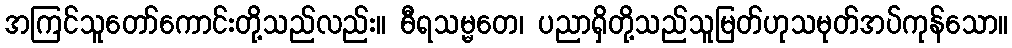
အကြင်သူတော်ကောင်းတို့သည်လည်း။ ဓီရသမ္မတေ၊ ပညာရှိတို့သည်သူမြတ်ဟုသမုတ်အပ်ကုန်သော။